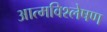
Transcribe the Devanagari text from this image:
आत्मविश्लेषण